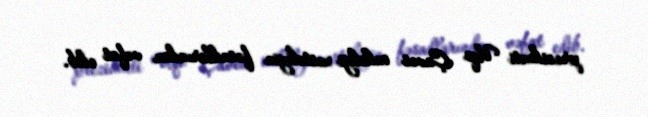
prezidenti Uqo Çaves onkoloji xəstəliyin fəsadlarından vəfat edib.